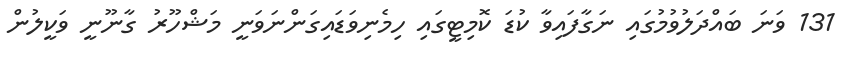
131 ވަނަ ބައްދަލުވުމުގައި ނަގާފައިވާ ކުޑަ ކޮމިޓީގައި ހިމެނިވަޑައިގަންނަވަނީ މަޝްހޫރު ގާނޫނީ ވަކީލުން